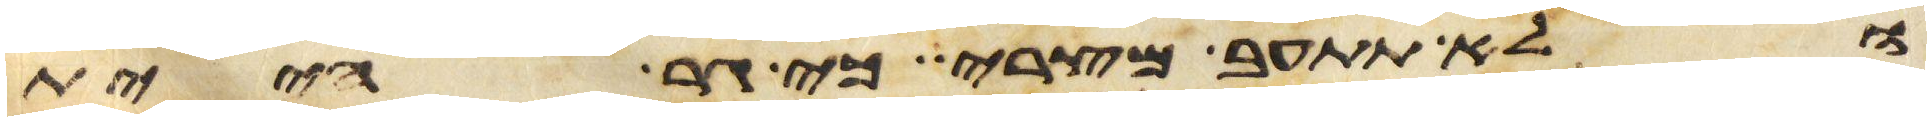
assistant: ולא תתעב מצרי כי גר היית